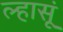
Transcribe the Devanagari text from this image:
ल्हासूं